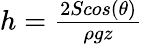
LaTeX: \begin{array}{r}{h={\frac{2Scos(\theta)}{\rho gz}}}\end{array}